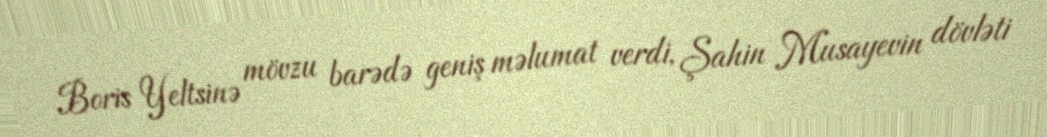
Boris Yeltsinə mövzu barədə geniş məlumat verdi, Şahin Musayevin dövləti